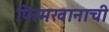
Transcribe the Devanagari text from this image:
पिरमखानाची